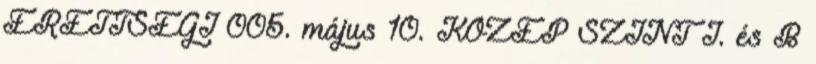
ÉRETTSÉGI 005. május 10. KÖZÉP SZINT I. és B